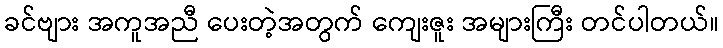
ခင်ဗျား အကူအညီ ပေးတဲ့အတွက် ကျေးဇူး အများကြီး တင်ပါတယ်။